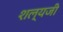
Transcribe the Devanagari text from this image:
शल्यजी